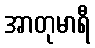
အာတုမာရီ